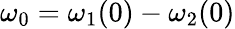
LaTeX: \omega_{0}=\omega_{1}(0)-\omega_{2}(0)